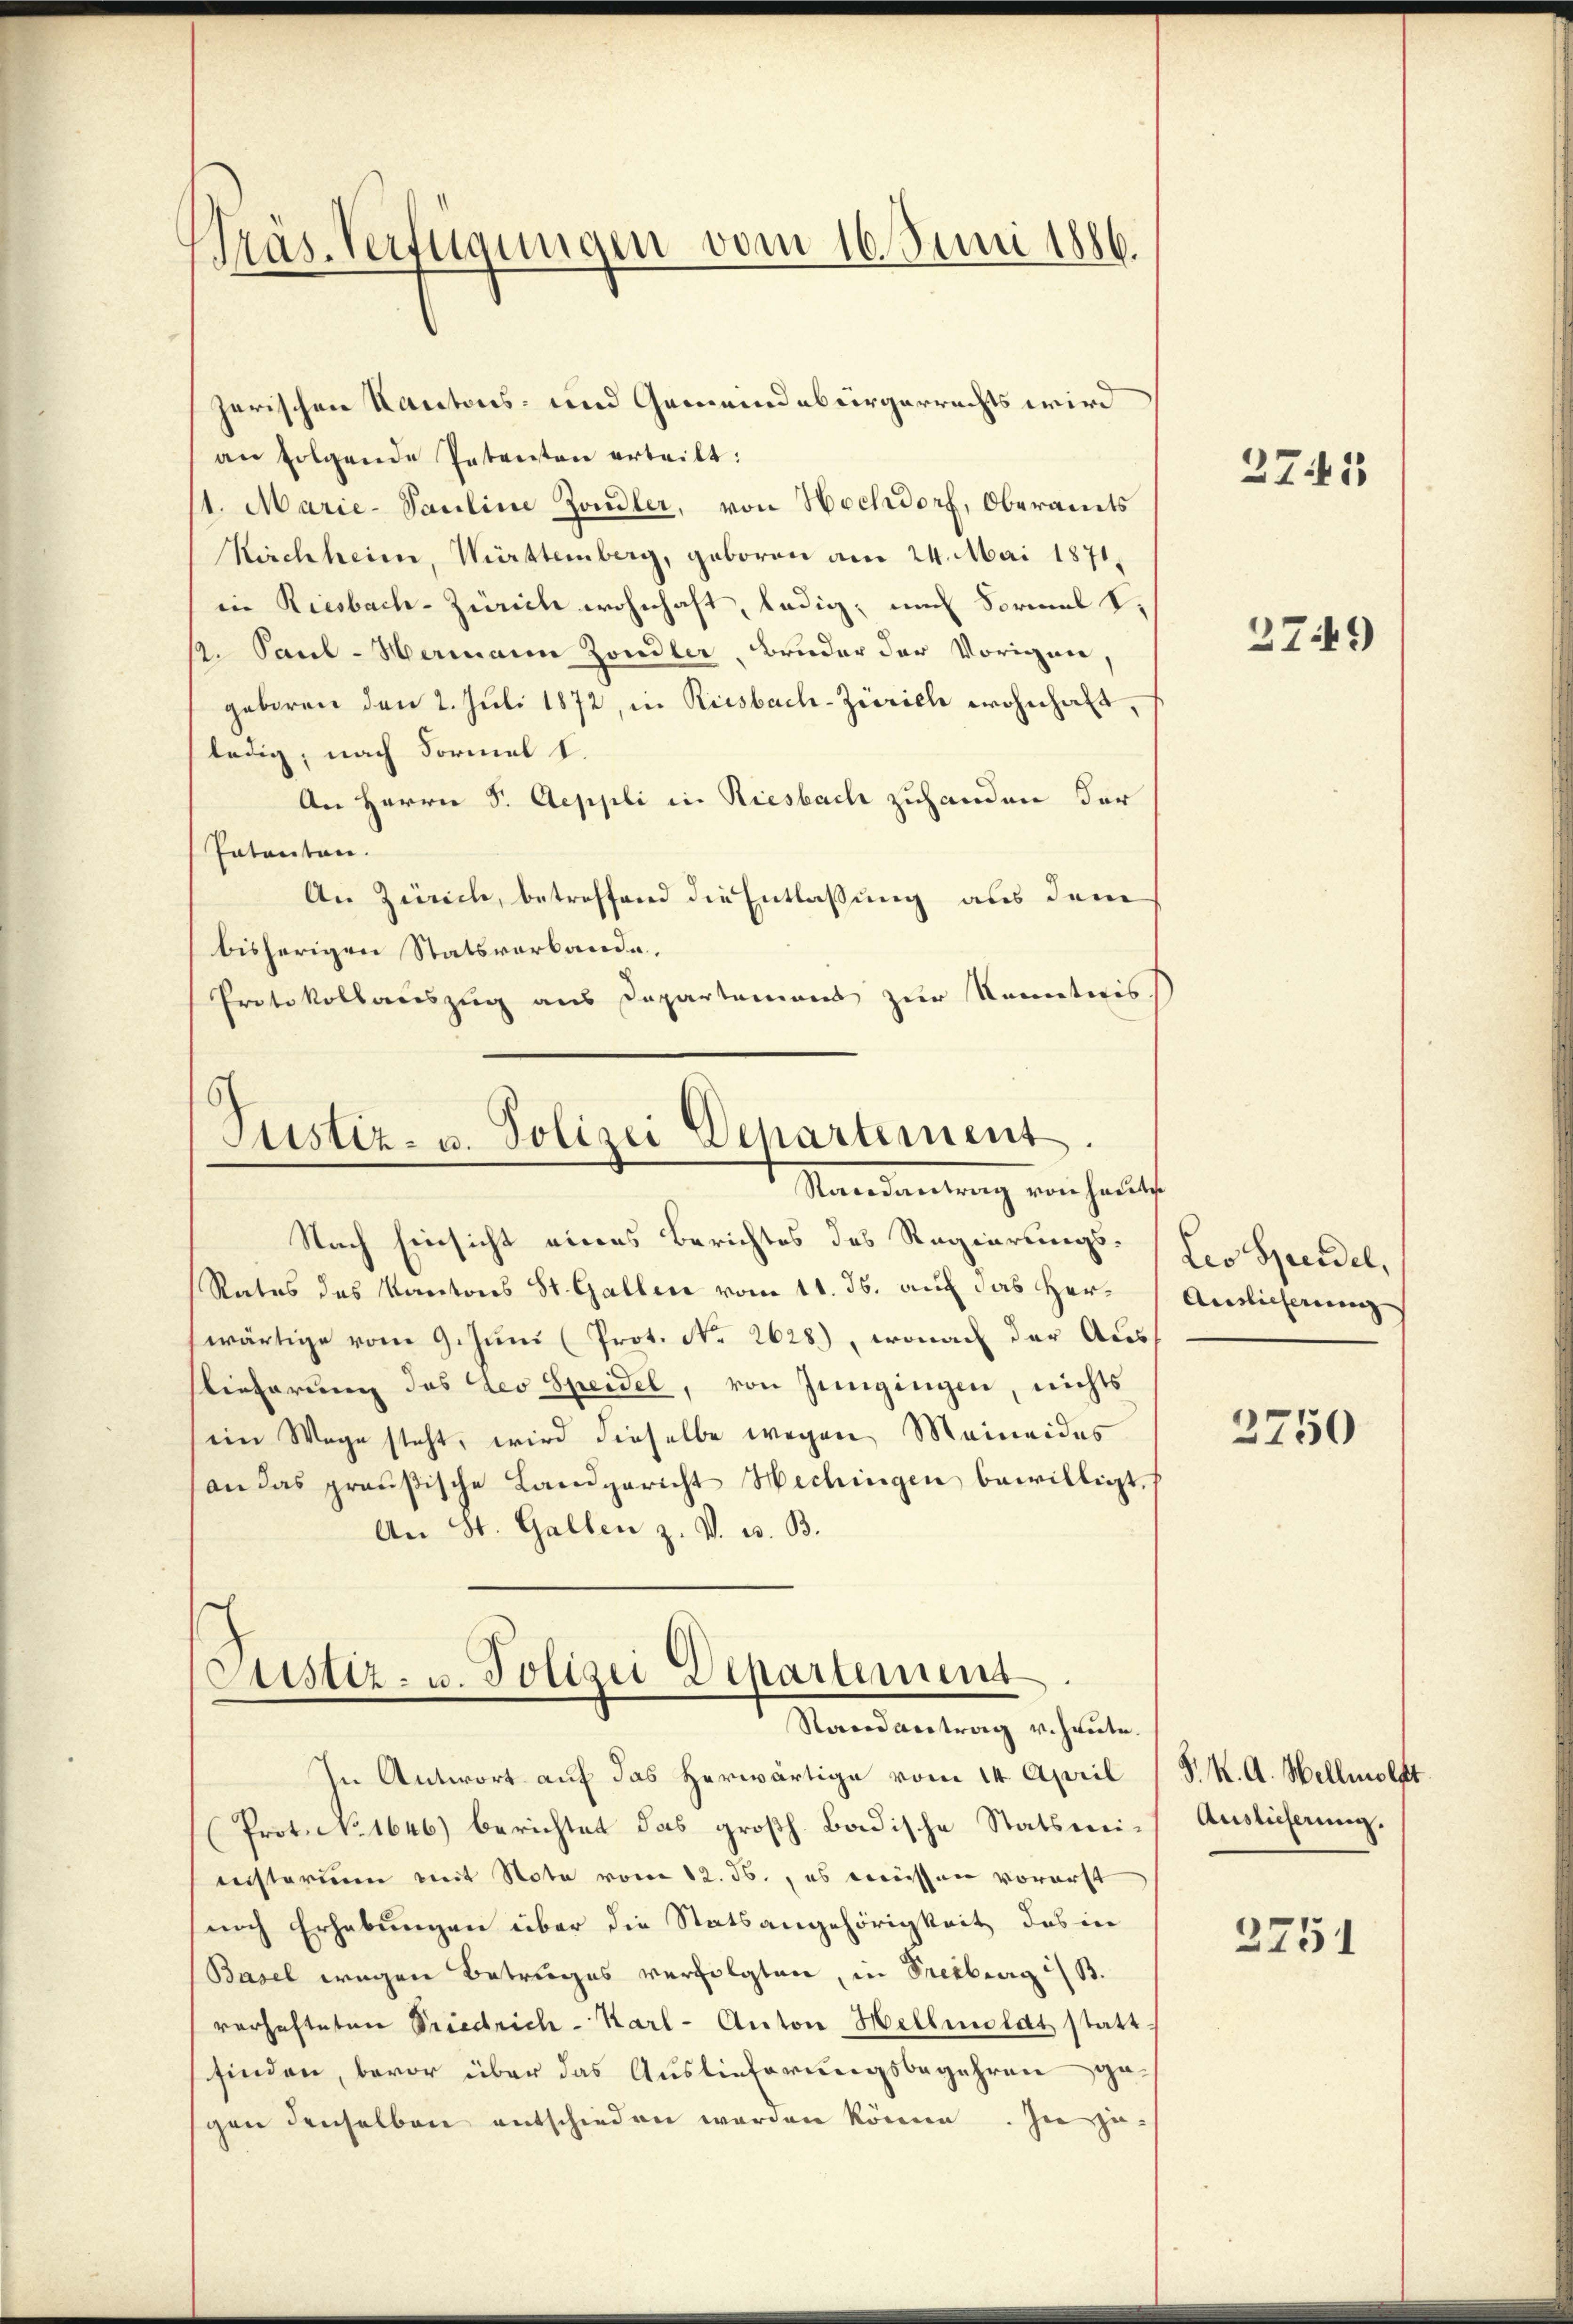
Träs. Verfügungen vom 16. Juni 1886.

zerischen Kantons- und Gemeindebürgerrechts wird
an folgende Petenten erteilt:
1. Marie-Pauline Zondler, von Hochdorf, Oberamts
Kirchheim, Württemberg, geboren am 24. Mai 1871,
iin Riesbach-Zürich wohnhaft, ledig, um Formal t,
1. Paul - Hermann Zondler, Bruder der Vorigen,
geboren den 2. Juli 1872, in Riesbach-Zürich wohnhaft
ledig, nach Formel I.
An Herrn S. Aeppli in Riesbach zuhanden der
Patenten.
An Zürich, betreffend die Entlassung aus dem
bisherigen Statsverbande.
Protokollauszug aus Departement zur Kenntnis,

Justiz- u. Polizei Departement.
Mandantung von heut

Stistiz- u. Polizei Departement
Randantrag v. Heute.

Nach Einsicht eines Berichtes des Regierungs¬
Rates des Kantons St. Gallen vom 11. ds. auf das Her-Auslicherung
wärtige vom 9. Juni (Prot. No 2628), wonach der Auslieferung das des Speidel, von Jüngingen, nichts
ein Wege steht, wird dieselbe wegen Meineides
an das preußische Landgericht Hechingen bewilligt,
An St. Gallen z. V. B. B.

In Antwort auf das herwärtige vom 14. April
Prot. No 1646) berichtet das großh. Badische Statsmiinisterien mit Note vom 12. ds., es müssen vorerst
nach Erhebungen über die Statsangehörigkeit des in
(Basel wegen Betruges verfolgten, in Freiburg i/B.
verhafteten Friedrich - Karl- Anton Hellmolat statt
finden, bevor über das Auslieferungsbegehren gegen denselben entschieden werden könne. In je-

2741

2749

Leo Seidel,

2750

S. K. A. Hellmolft.
Auslieferung.

2751